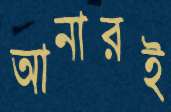
আনারই